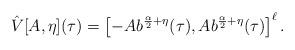
LaTeX: \begin{align*} \hat{V}[A,\eta](\tau) = \left[-A b^{\frac{\alpha}{2} +\eta}(\tau), A b^{\frac{\alpha}{2} +\eta}(\tau) \right]^{\ell}.\end{align*}